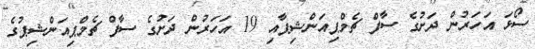
ސޯޅަ އަހަރުން ދަށުގެ ސާފް ޗެމްޕިއަންޝިޕާއި 19 އަހަރުން ދަށުގެ ސާފް ޗެމްޕިއަންޝިޕުގެ